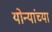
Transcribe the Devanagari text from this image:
योन्यांच्या